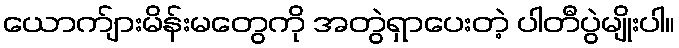
ယောက်ျားမိန်းမတွေကို အတွဲရှာပေးတဲ့ ပါတီပွဲမျိုးပါ။